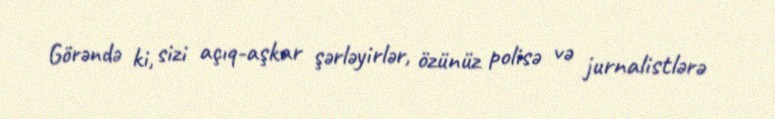
Görəndə ki, sizi açıq-aşkar şərləyirlər, özünüz polisə və jurnalistlərə